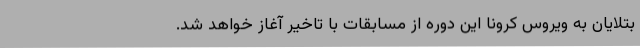
بتلایان به ویروس کرونا این دوره از مسابقات با تاخیر آغاز خواهد شد.